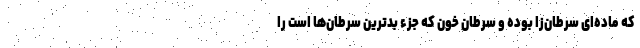
که ماده‌ای سرطان‌زا بوده و سرطان خون که جزء بدترین سرطان‌ها است را